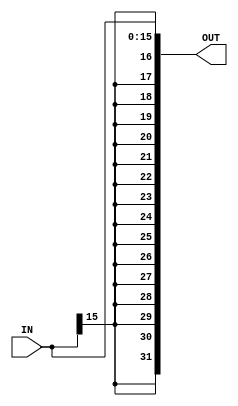
`timescale 1ns / 1ps
//////////////////////////////////////////////////////////////////////////////////
// Company: 
// Engineer: 
// 
// Design Name: 
// Module Name: signExtend
// Project Name: 
// Target Devices: 
// Tool Versions: 
// Description: 
// 
// Dependencies: 
// 
// Revision:
// Revision 0.01 - File Created
// Additional Comments:
// 
//////////////////////////////////////////////////////////////////////////////////


module SignExtend(
    input [15:0] IN,
    output [31:0] OUT
    );
    
    assign OUT = {{16{IN[15]}}, IN[15:0]};

endmodule